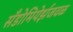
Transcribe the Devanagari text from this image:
सँडोमियेर्झजवळ